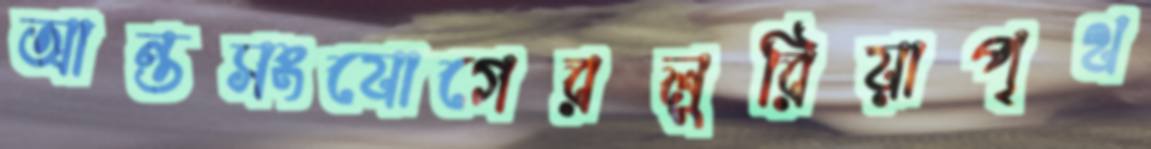
আন্তসংযোগেরলুরিয়াপৃথ